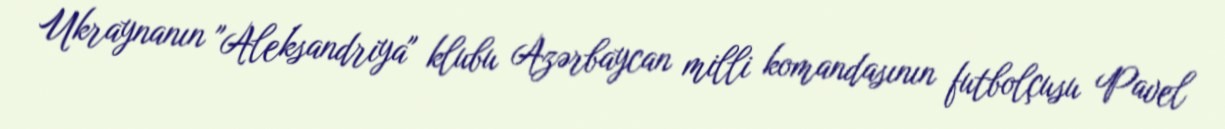
Ukraynanın "Aleksandriya" klubu Azərbaycan milli komandasının futbolçusu Pavel